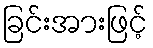
ခြင်းအားဖြင့်